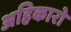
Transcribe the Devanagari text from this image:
अहिकारो